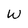
Character: W